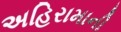
અહિરામાની